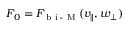
F _ { 0 } = F _ { \textrm { b i - M } } ( v _ { \parallel } , w _ { \perp } )